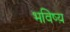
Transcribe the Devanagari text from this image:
भविष्य़